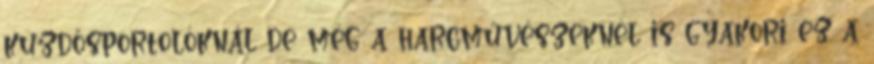
küzdősportolóknál de még a harcművészeknél is gyakori ez a